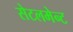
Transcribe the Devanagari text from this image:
सेटलमेन्ट